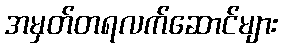
အမှတ်တရလက်ဆောင်များ